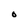
Character: O